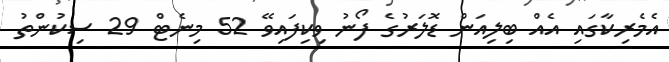
އެމެރިކާގައި އެއް ބިލިއަން ޑޮލަރުގެ ފޯނު ވިކިފައިވޭ 52 މިނެޓް 29 ސިކުންތު